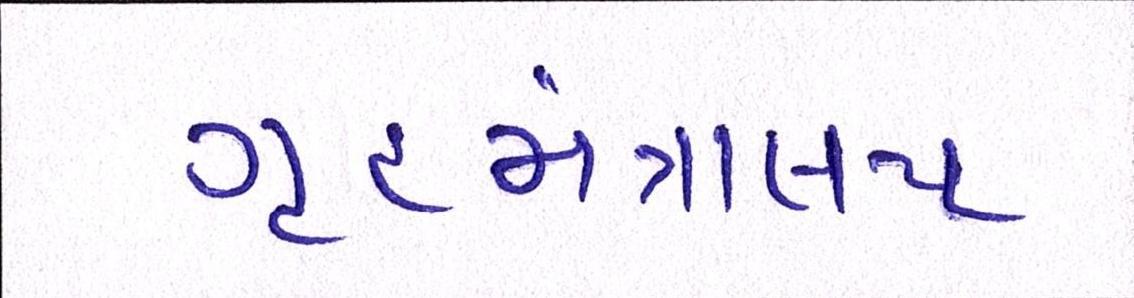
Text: ગૃહમંત્રાલય